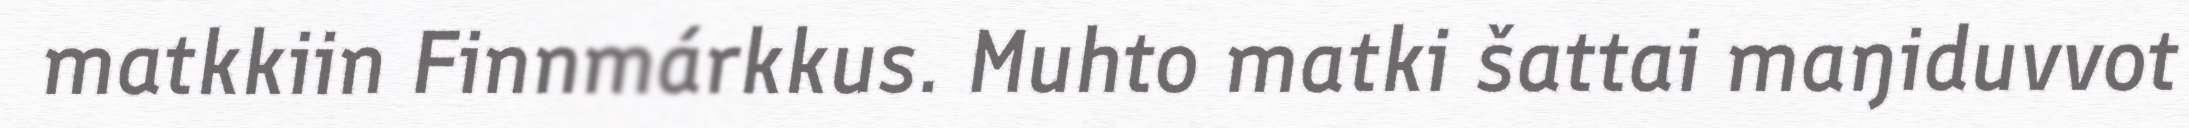
matkkiin Finnmárkkus. Muhto matki šattai maŋiduvvot